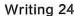
Writing 24